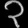
Digit: ၃